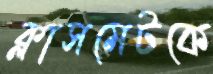
ক্লাসমেটকে